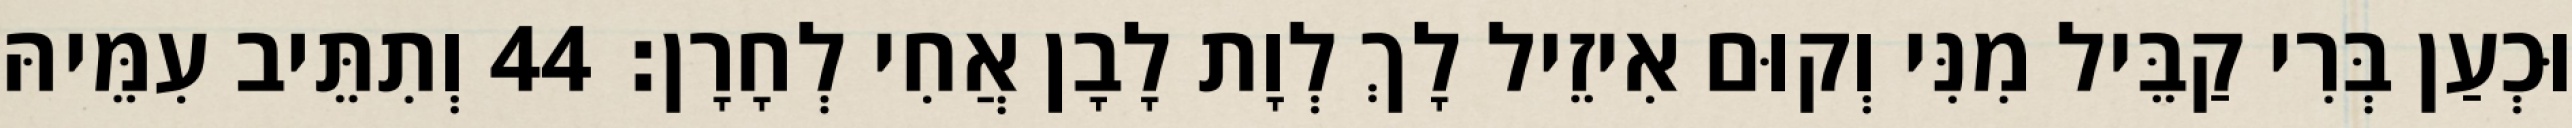
וּכְעַן בְּרִי קַבֵּיל מִנִּי וְקוּם אִיזֵיל לָךְ לְוָת לָבָן אֲחִי לְחָרָן׃ 44 וְתִתֵּיב עִמֵּיהּ